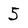
Character: 5